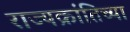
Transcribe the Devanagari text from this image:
राज्यक्रांतिच्या